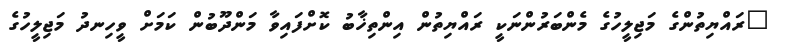
"ރައްޔިތުންގެ މަޖިލީހުގެ މެންބަރުންނަކީ ރައްޔިތުން އިންތިޚާބު ކޮށްފައިވާ މަންދޫބުން ކަމަށް ވީހިނދު މަޖިލީހުގެ